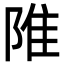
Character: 陮